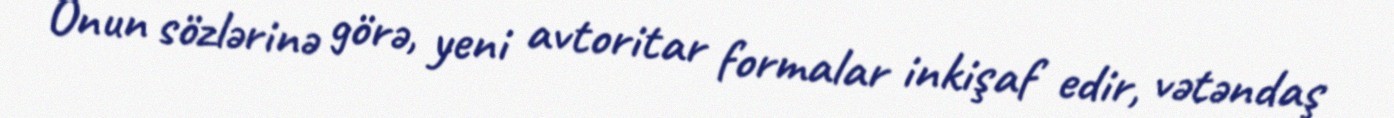
Onun sözlərinə görə, yeni avtoritar formalar inkişaf edir, vətəndaş